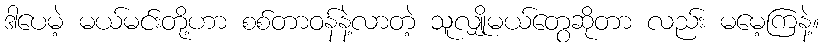
ဒါပေမဲ့ မယ်မင်းတို့ဟာ စစ်တာဝန်နဲ့လာတဲ့ သူလျှိုမယ်တွေဆိုတာ လည်း မမေ့ကြနဲ့။